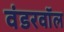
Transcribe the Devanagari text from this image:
वंडरवॉल